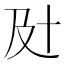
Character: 𰆵